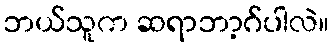
ဘယ်သူက ဆရာဘာ့ဂ်ပါလဲ။